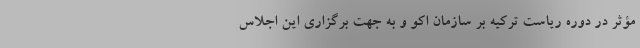
مؤثر در دوره ریاست ترکیه بر سازمان اکو و به جهت برگزاری این اجلاس